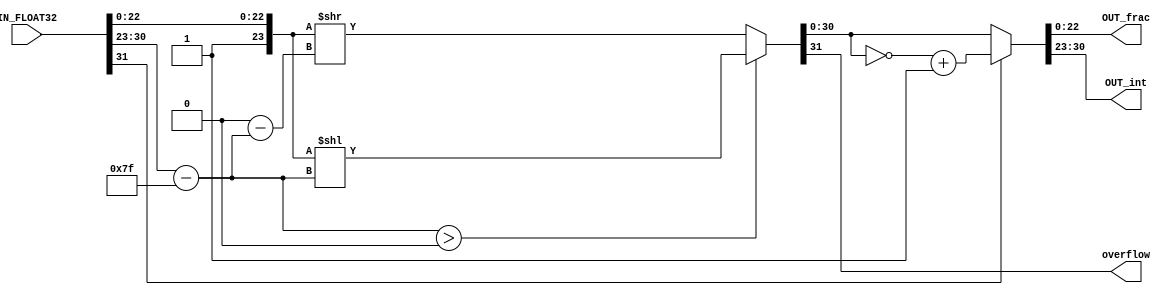
/* Q format float32 to fixed point*/
module float32tofix(
	IN_FLOAT32, /*IEEE FP32 input*/
	overflow,
	OUT_frac, /*fraction output part*/
	OUT_int /*integer output part*/
);
	parameter num_of_int = 8; /*weight of integer*/
	parameter num_of_frac = 23; /* num of frac must be 23*/
   //////////////Q32.23/////////////////
	input [31:0] IN_FLOAT32;
	output overflow;
	output [num_of_frac - 1:0] OUT_frac; 
	output [num_of_int -1:0] OUT_int; 
	
	wire [num_of_frac + num_of_int - 1:0] TMP_1;
	wire [num_of_frac + num_of_int - 1:0] TMP_2;
	wire [num_of_frac + num_of_int - 1:0] FIX;
	wire [7:0] E;

	assign TMP_1 = {1'b1, IN_FLOAT32[22:0]}; /* select fraction section*/
	assign E = IN_FLOAT32[30:23] - 8'd127; /* calculate exponent */
	assign {overflow, TMP_2} = ($signed(E) > 8'sd0)?(TMP_1 << (E)):(TMP_1 >> (8'd0 - E));
	assign FIX = (IN_FLOAT32[31])?(~TMP_2 + 26'd1 /*negetive input handle*/):TMP_2; 
	
	assign OUT_frac = FIX[num_of_frac - 1:0]; 
	assign OUT_int = FIX[num_of_frac + num_of_int - 1:num_of_frac];
	
endmodule